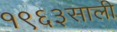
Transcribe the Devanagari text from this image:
१९६३साली